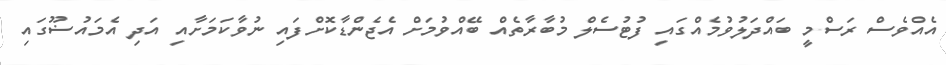
އެއްވެސް ރަސްމީ ބައްދަލުވުމެއްގައި ފުޓުސެލް މުބާރާތެއް ބޭއްވުމަށް އެޖެންޑާކޮށްފައި ނުވާކަމަށާއި އަދި އެމައުޟޫގައި